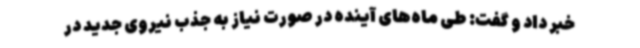
خبر داد و گفت: طی ماه‌های آینده در صورت نیاز به جذب نیروی جدید در